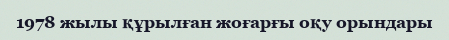
1978 жылы құрылған жоғарғы оқу орындары